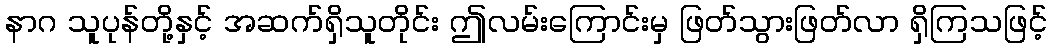
နာဂ သူပုန်တို့နှင့် အဆက်ရှိသူတိုင်း ဤလမ်းကြောင်းမှ ဖြတ်သွားဖြတ်လာ ရှိကြသဖြင့်